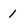
Character: 1